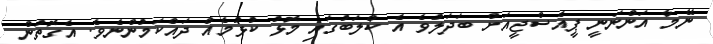
ނޭމާ އަންނަނީ ޕީއެސްޖީއަށް ބަދަލުވެ އެ ކްލަބުގައި މޮޅު ކުޅުމެއް ދައްކަމުންނެވެ. އެގޮތުން